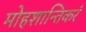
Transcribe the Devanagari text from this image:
मोहशान्तिकरं